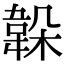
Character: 𩎫